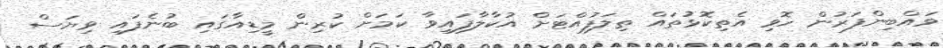
ވައްބިންފަރުން ހޮވި އެތިކޮޅުތައް ތިލަފުއްޓަށް އުކާލާފައިވާ ކަމަށް ކުރިން މީޑިއާގައި ބުނެފައި ވިޔަސް